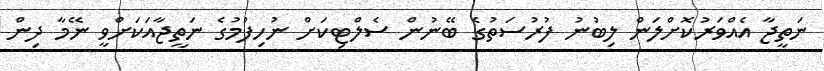
ނަތީޖާ އެއްވަރުކޮށްލަން ލިބުނު ފުރުސަތުގެ ބޭނުން ސެލްޓިކަށް ނުހިފުމުގެ ނަތީޖާއަކަށްވީ ނޭމާ ދިން